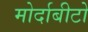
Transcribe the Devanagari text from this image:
मोर्दाबीटो